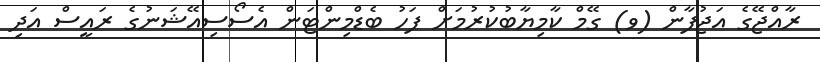
ރާއްޖޭގެ އަޖުފާން (ވ) ގޭމް ކާމިޔާބުކުރުމަށް ފަހު ބެޑްމިންޓަން އެސޯސިއޭޝަނުގެ ރައީސް އަދި